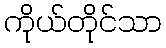
ကိုယ်တိုင်သာ